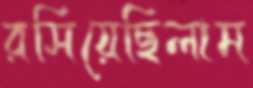
রসিয়েছিলাম